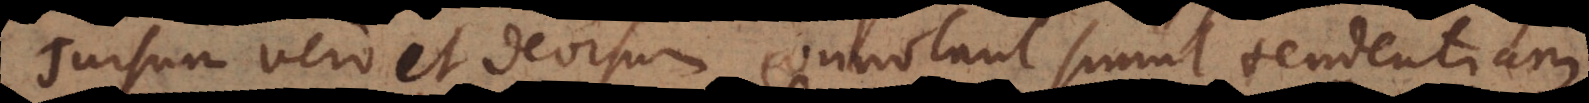
Sursum vero et deorsum connotant simul tendentiam